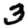
Digit: 3